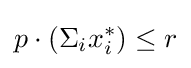
p\cdot (\Sigma _{i}x_{i}^{*})\leq r